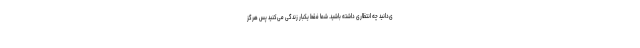
ی‌دانید چه انتظاری داشته باشید. شما فقط یکبار زندگی می‌کنید پس هرگز